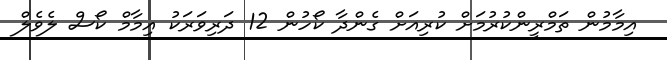
އިމާމުން ތަމްރީންކުރުމަށް ކުރިއަށް ގެންދާ ކޯހުން 12 ދަރިވަރަކު އިމާމް ކޯސް ލެވެލް